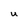
Character: U